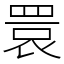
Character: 睘